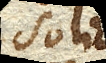
solidi